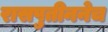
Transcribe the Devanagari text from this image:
रासपुतीननेच